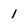
Character: 1